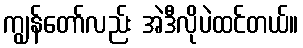
ကျွန်တော်လည်း အဲဒီလိုပဲထင်တယ်။